Mental hospitals Bombay report 1921-28 - 1921-1928
Year: 1921
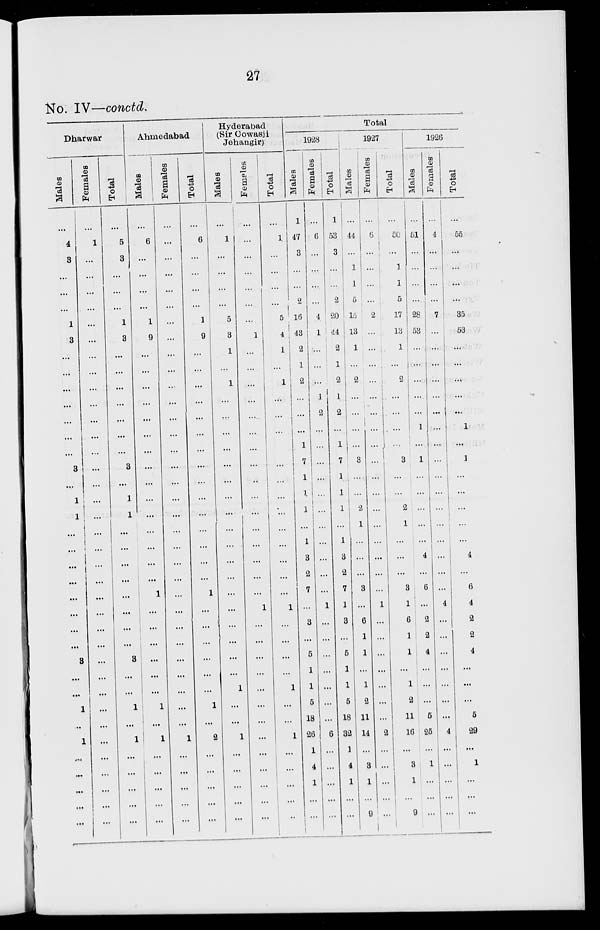
27
No. IV—conctd.
Dharwar
Males
...
4
3
...
...
...
1
3
...
...
...
...
...
...
...
3
...
1
1
...
...
...
...
...
...
...
...
3
...
...
1
...
1
...
...
...
...
...
Females
...
1
...
...
...
...
...
...
...
...
...
...
...
...
...
...
...
...
...
...
...
...
...
...
...
...
...
...
...
...
...
...
...
...
...
...
...
...
Total
...
5
3
...
...
...
1
3
...
...
...
...
...
...
...
3
...
1
1
...
...
...
...
...
...
...
...
3
...
...
1
...
1
...
...
...
...
...
Ahmedabad
Males
...
6
...
...
...
...
1
9
...
...
...
...
...
...
...
...
...
...
...
...
...
...
...
1
...
...
...
...
...
...
1
...
1
...
...
...
...
...
Females
...
...
...
...
...
...
...
...
...
...
...
...
...
...
...
...
...
...
...
...
...
...
...
...
...
...
...
...
...
...
...
...
1
...
...
...
...
...
Total
...
6
...
...
...
...
1
9
...
...
...
...
...
...
...
...
...
...
...
...
...
...
...
1
...
...
...
...
...
...
1
...
2
...
...
...
...
...
Hyderabad
(Sir Cowasji
Jehangir)
Males
...
1
...
...
...
...
5
3
1
...
1
...
...
...
...
...
...
...
...
...
...
...
...
...
...
...
...
...
...
1
...
...
1
...
...
...
...
...
Femeles
...
...
...
...
...
...
...
1
...
...
...
...
...
...
...
...
..
...
...
...
...
...
...
...
1
...
...
...
...
...
...
...
...
...
...
...
...
...
Total
...
1
...
...
...
...
5
4
1
...
1
...
...
...
...
...
...
...
...
...
...
...
...
...
1
...
...
...
...
1
...
...
1
...
...
...
...
...
Total
1928
Males
1
47
3
...
...
2
16
43
2
1
2
...
...
...
1
7
1
1
1
...
1
3
2
7
...
3
...
5
1
1
5
18
26
1
4
1
...
...
Females
...
6
...
...
...
...
4
1
...
...
...
1
2
...
...
...
...
...
...
...
...
...
...
...
1
...
...
...
...
...
...
...
6
...
...
...
...
...
Total
1
53
3
...
...
2
20
44
2
1
2
1
2
...
1
7
1
1
1
...
1
3
2
7
1
3
...
5
1
1
5
18
32
1
4
1
...
...
1927
Males
...
44
...
1
1
5
15
13
1
...
2
...
...
...
...
3
...
...
2
1
...
...
...
3
...
6
1
1
...
1
2
11
14
...
3
1
...
9
Females
...
6
...
...
...
...
2
...
...
...
...
...
...
...
...
...
...
...
...
...
...
...
...
...
1
...
...
...
...
...
...
...
2
...
...
...
...
...
Total
...
...
...
1
1
5
17
13
1
...
2
...
...
...
...
3
...
...
2
1
...
...
...
3
1
6
1
1
...
1
2
11
16
...
3
1
...
9
1926
Males
...
51
...
...
...
...
28
53
...
...
...
...
...
1
...
1
...
...
...
...
...
4
...
6
...
2
2
4
...
...
...
5
25
...
1
...
...
...
Females
...
4
...
...
...
...
7
...
...
...
...
...
...
...
...
...
...
...
...
...
...
...
...
...
4
...
...
...
...
...
...
...
4
...
...
...
...
...
Total
...
55
...
...
...
...
35
53
...
...
...
...
...
1
...
1
...
...
...
...
...
4
...
6
4
2
2
4
...
...
...
5
29
...
1
...
...
...